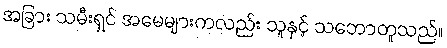
အခြား သမီးရှင် အမေများကလည်း သူနှင့် သဘောတူသည်။